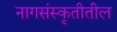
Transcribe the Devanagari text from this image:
नागसंस्कृतीतील